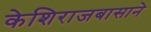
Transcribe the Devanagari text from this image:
केशिराजबासाने